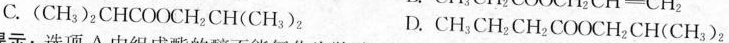
C.(CH_{3})_{2}CHCOOCH_{2}CH(CH_{3})_{2} D.CH_{3}CH_{2}CH_{2}COOCH_{2}CH(CH_{3})_{2}